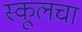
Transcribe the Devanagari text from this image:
स्कूलचा